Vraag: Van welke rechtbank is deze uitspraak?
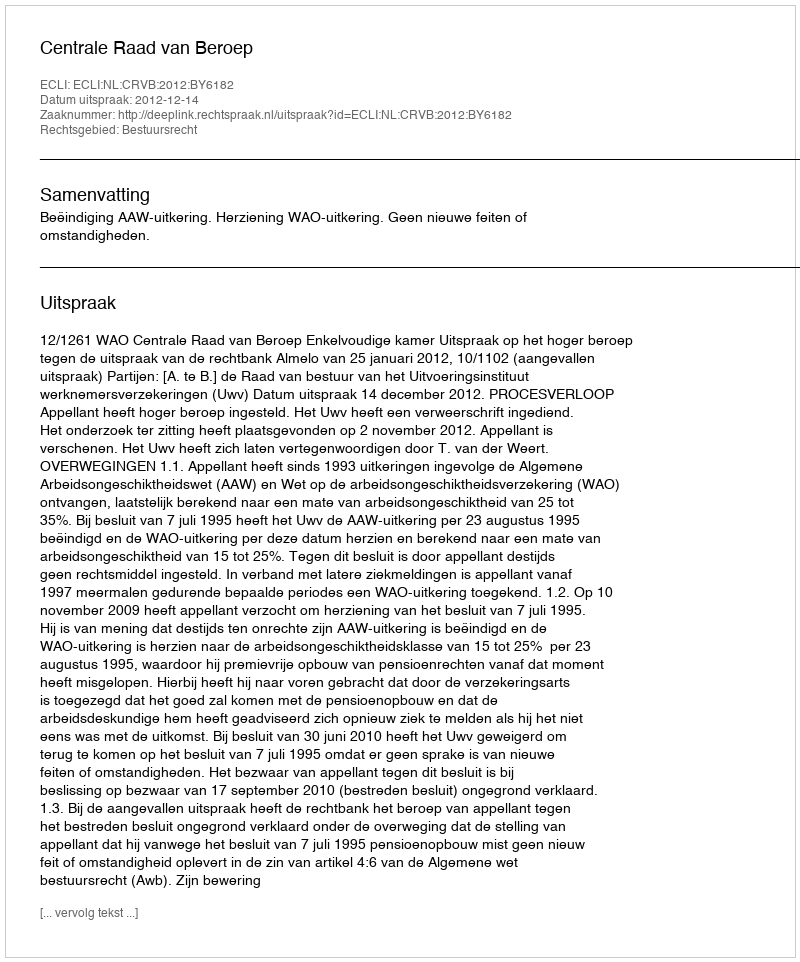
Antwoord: Centrale Raad van Beroep